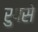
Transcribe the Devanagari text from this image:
रुपसे